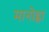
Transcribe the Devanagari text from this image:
मानोह्ला